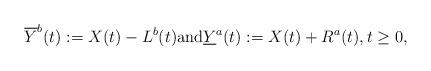
LaTeX: \begin{align*}\overline{Y}^b(t) &:= X(t) - L^b(t) \textrm{and} \underline{Y}^a(t) := X(t) + R^a(t), t \geq 0, \end{align*}